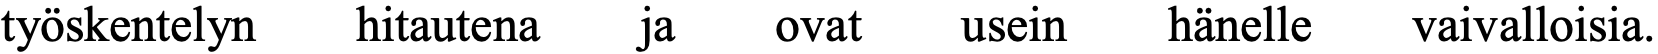
työskentelyn hitautena ja ovat usein  hänelle vaivalloisia.